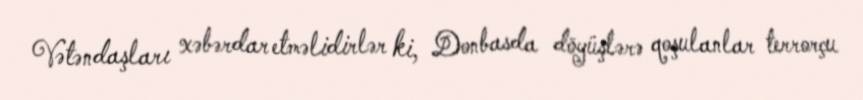
Vətəndaşları xəbərdar etməlidirlər ki, Donbasda döyüşlərə qoşulanlar terrorçu